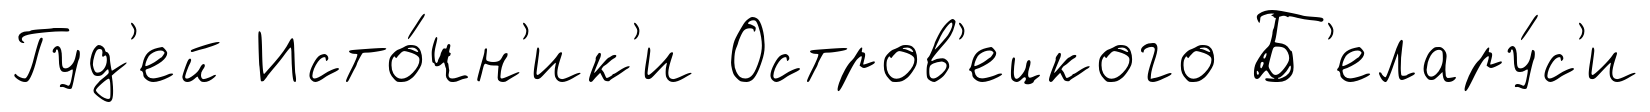
Гуд'ей Исто́чн'ик'и Остров'ецкого Б'елару́с'и